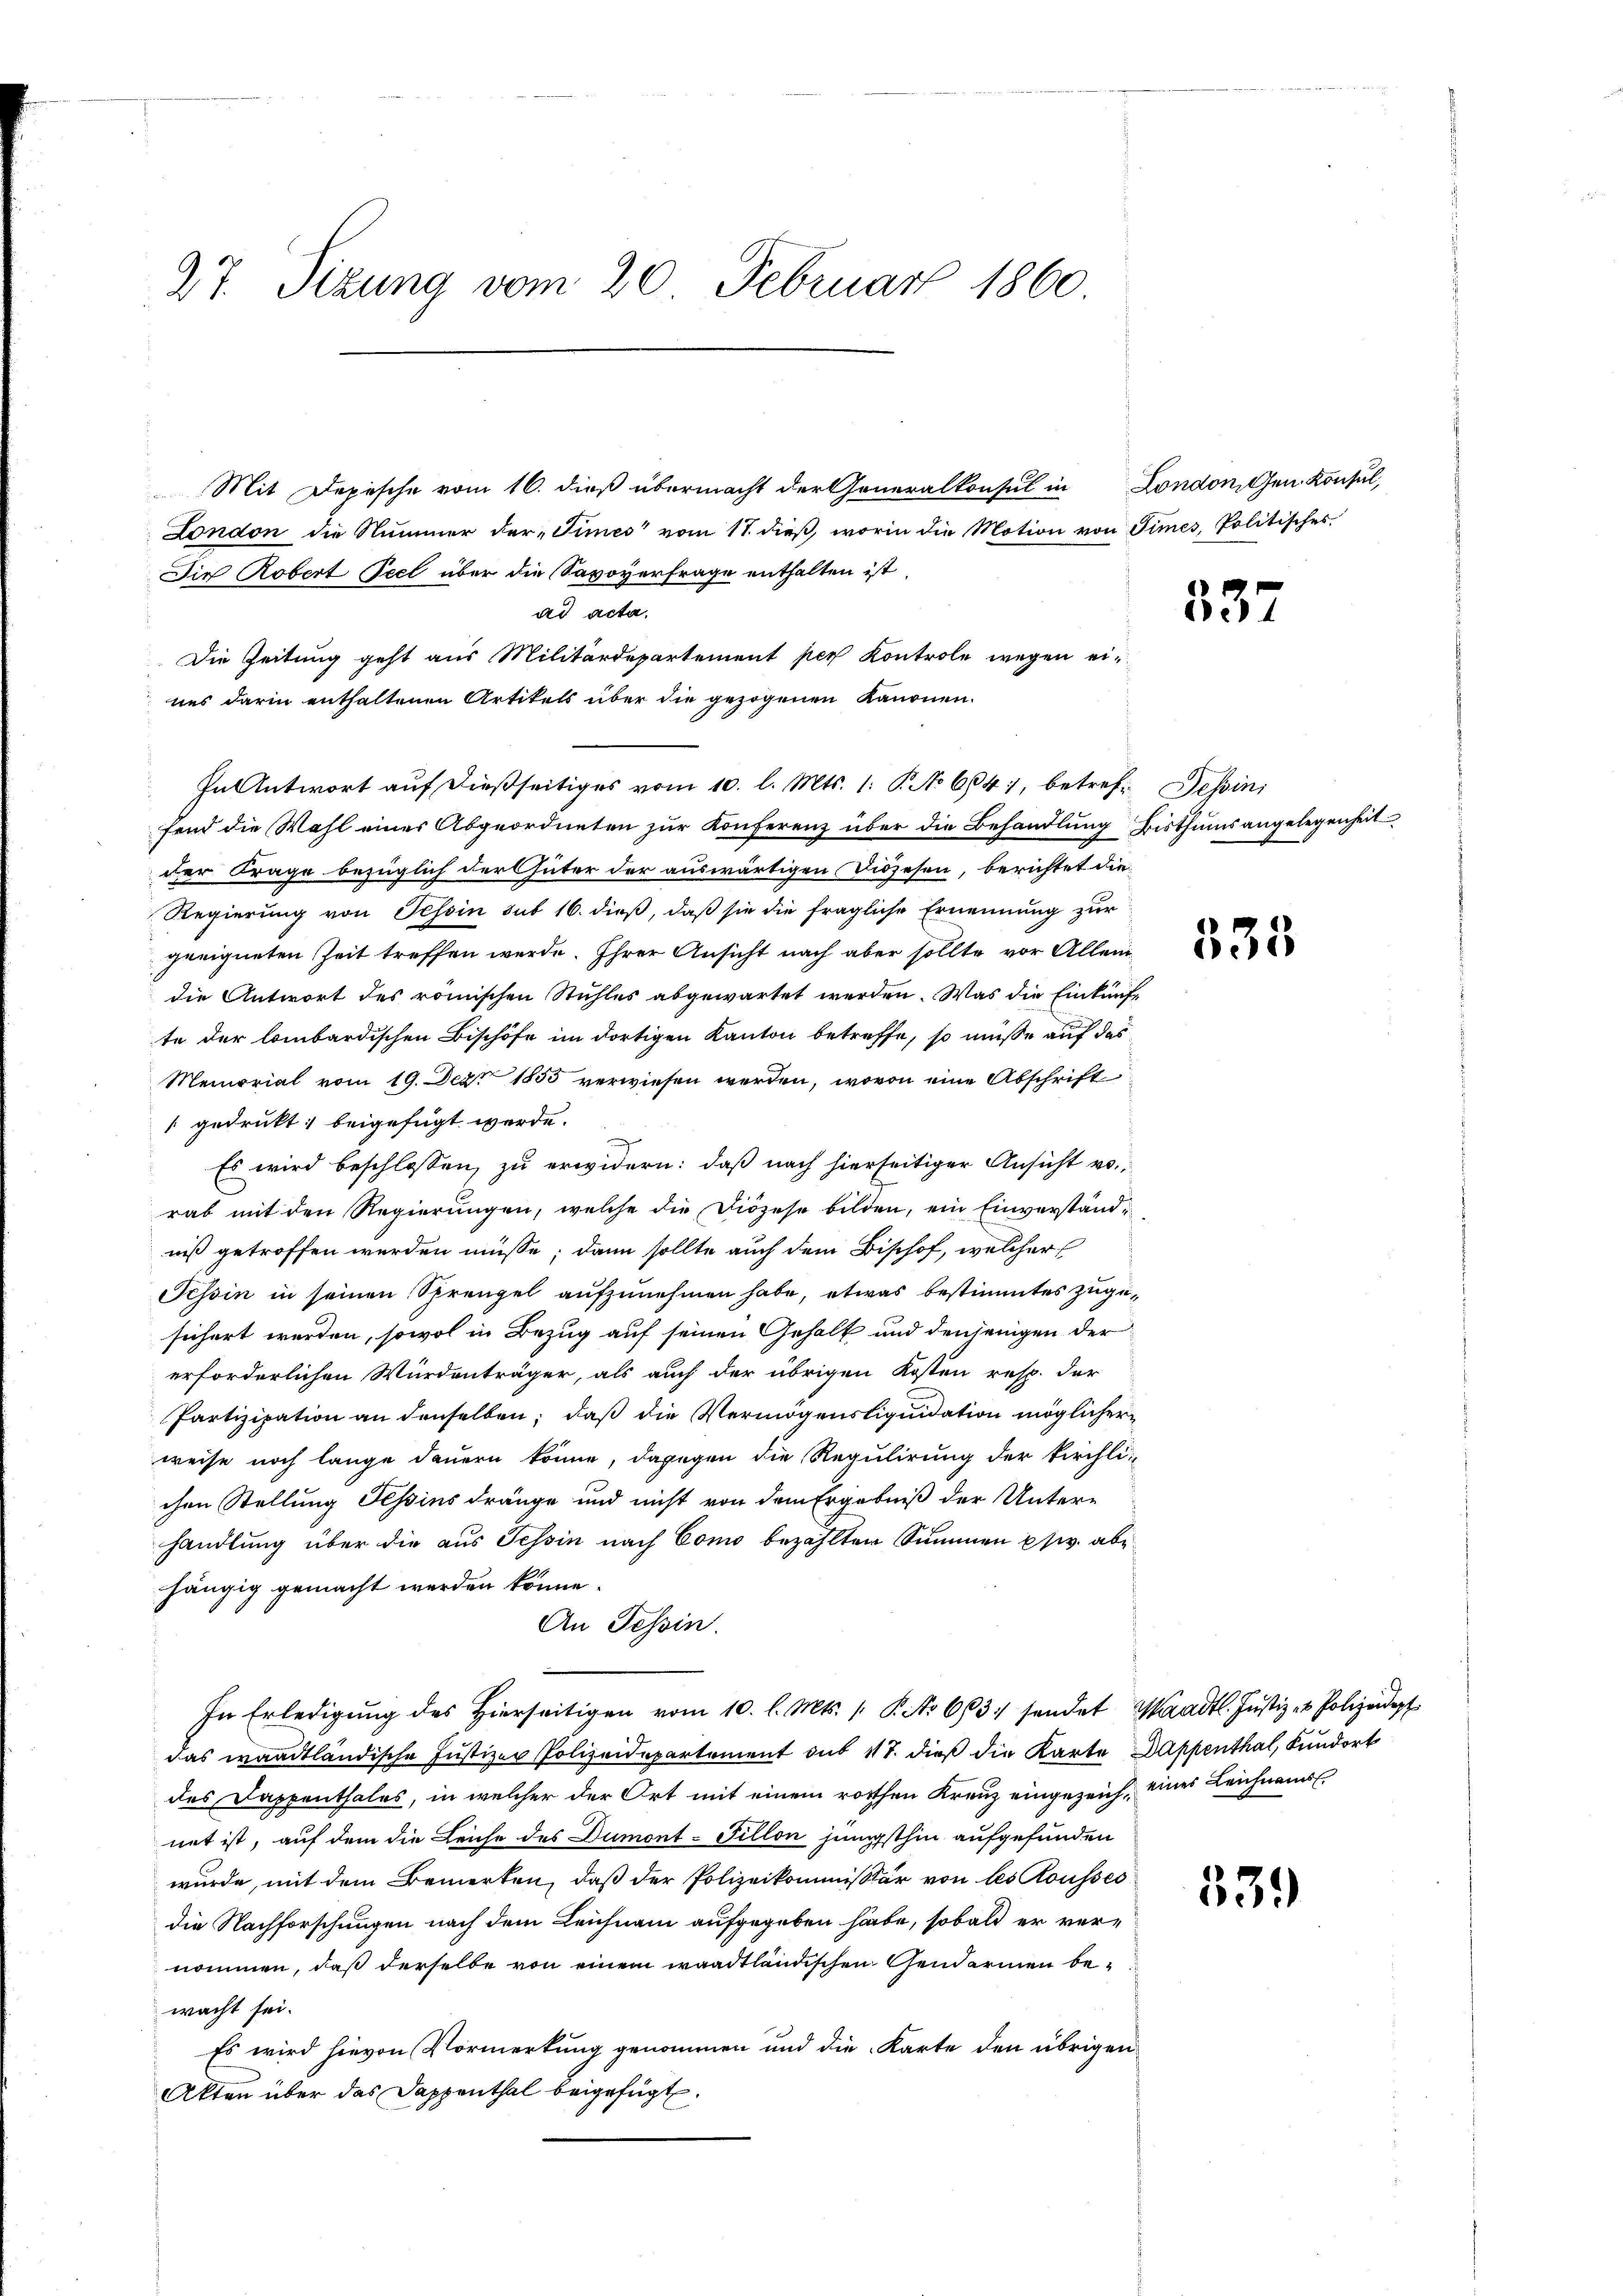
27. Sizung vom 20. Februar 1860

Mit Depesche vom 16. dieß übermacht der Generalkonsul in London den Konsul,
London die Nummer der „Times vom 17. dieß, worin die Motion von Times, Politisches
Die Robert Teel über die Savoyerfrage enthalten ist,
In Antwort auf dießseitiges vom 10. l. Mts. 1. P. No 6641, betref¬ Sessini
fend die Wahl einer Abgeordneten zur Konferenz über die Behandlung Bisthums angelegenheit
der Frage bezüglich der Güter der auswärtigen Diözesen, berichtet die
Regierung von Tessin sub 16. dieß, daß sie die fragliche Ernennung zur
geeigneten Zeit treffen werde. Ihrer Ansicht nach aber sollte vor Allendie Antwort des römischen Stühles abgewartet werden. Was die Einkünfte der lombardischen Bischöfe im dortigen Kanton betreffe, so müsse auf das
Memorial vom 19. Dez. 1855 verwiesen werden, wovon eine Abschrift
 gedrukt; beigefügt werde.
Es wird beschlossen, zu erwidern: daß nach hierseitiger Ansicht von
rab mit den Regierungen, welche die Diözese bilden, ein Einverständniß getroffen werden müsse; dann sollte auch dem Bischof, welcher
Tessin in seinen Sprengel aufzunehmen habe, etwas bestimmtes zugesichert werden, sowol in Bezug auf seinen Gehalt und denjenigen der
erforderlichen Würdenträger, als auch der übrigen Kosten resp. der
Partizipation an denselben; daß die Vermögensliquidation möglicher
weise noch lange dauern könne, dagegen die Regulirung der kirchli-
chen Stellung Tessins dränge und nicht von dem Ergebniß der Untere
handlung über die aus Tessin nach Como bezahlten Summen psv. abehängig gemacht werden könne.
An Tessin.
In Erledigung des Hierseitigen vom 10. l. Mts. [ P. No 663. sendet Waadt. Justiz- & Polizeidept
das waadtländische Justizer Polizeidepartement sub 117. dieß die Karte Dappenthal, Kundort
des Dappenthales, in welcher der Ort mit einem rothen Kreuz eingezeich, einer Leichnams
net ist, auf dem die Leiche des Dumont-Fillon jenigsthin aufgefunden
wurde, mit dem Bemerken, daß der Polizeikommissär von les Rousses
die Nachforschungen nach dem Leichnam aufgegeben habe, sobald er vernommen, daß derselbe von einem waadtländischen Gendarmen bewacht sei.
Es wird hievon Vormerkung genommen und die Karte den übrigen
Akten über das Dappenthal beigefügt.

ad acta.
Die Zeitung geht aus Militärdepartement per Kontrole wegen eines darin enthaltenen Artikels über die gezogenen Kanonen.

337

335

339